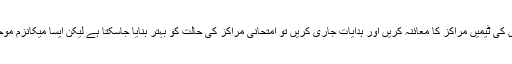
عہدیداروں کے بموجب امتحانی مرکز کے قیام کے بعد اگر امتحانات سے دو یوم قبل اعلیٰ عہدیداروں کی ٹیمیں مراکز کا معائنہ کریں اور ہدایات جاری کریں تو امتحانی مراکز کی حالت کو بہتر بنایا جاسکتا ہے لیکن ایسا میکانزم موجود نہیں ہے جس کی وجہ سے طلباء کو امتحانات کے دوران بھی دشواریوں کا سامنا کرنا پڑتا ہے ۔